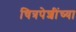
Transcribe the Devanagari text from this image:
चित्रपेशींच्या